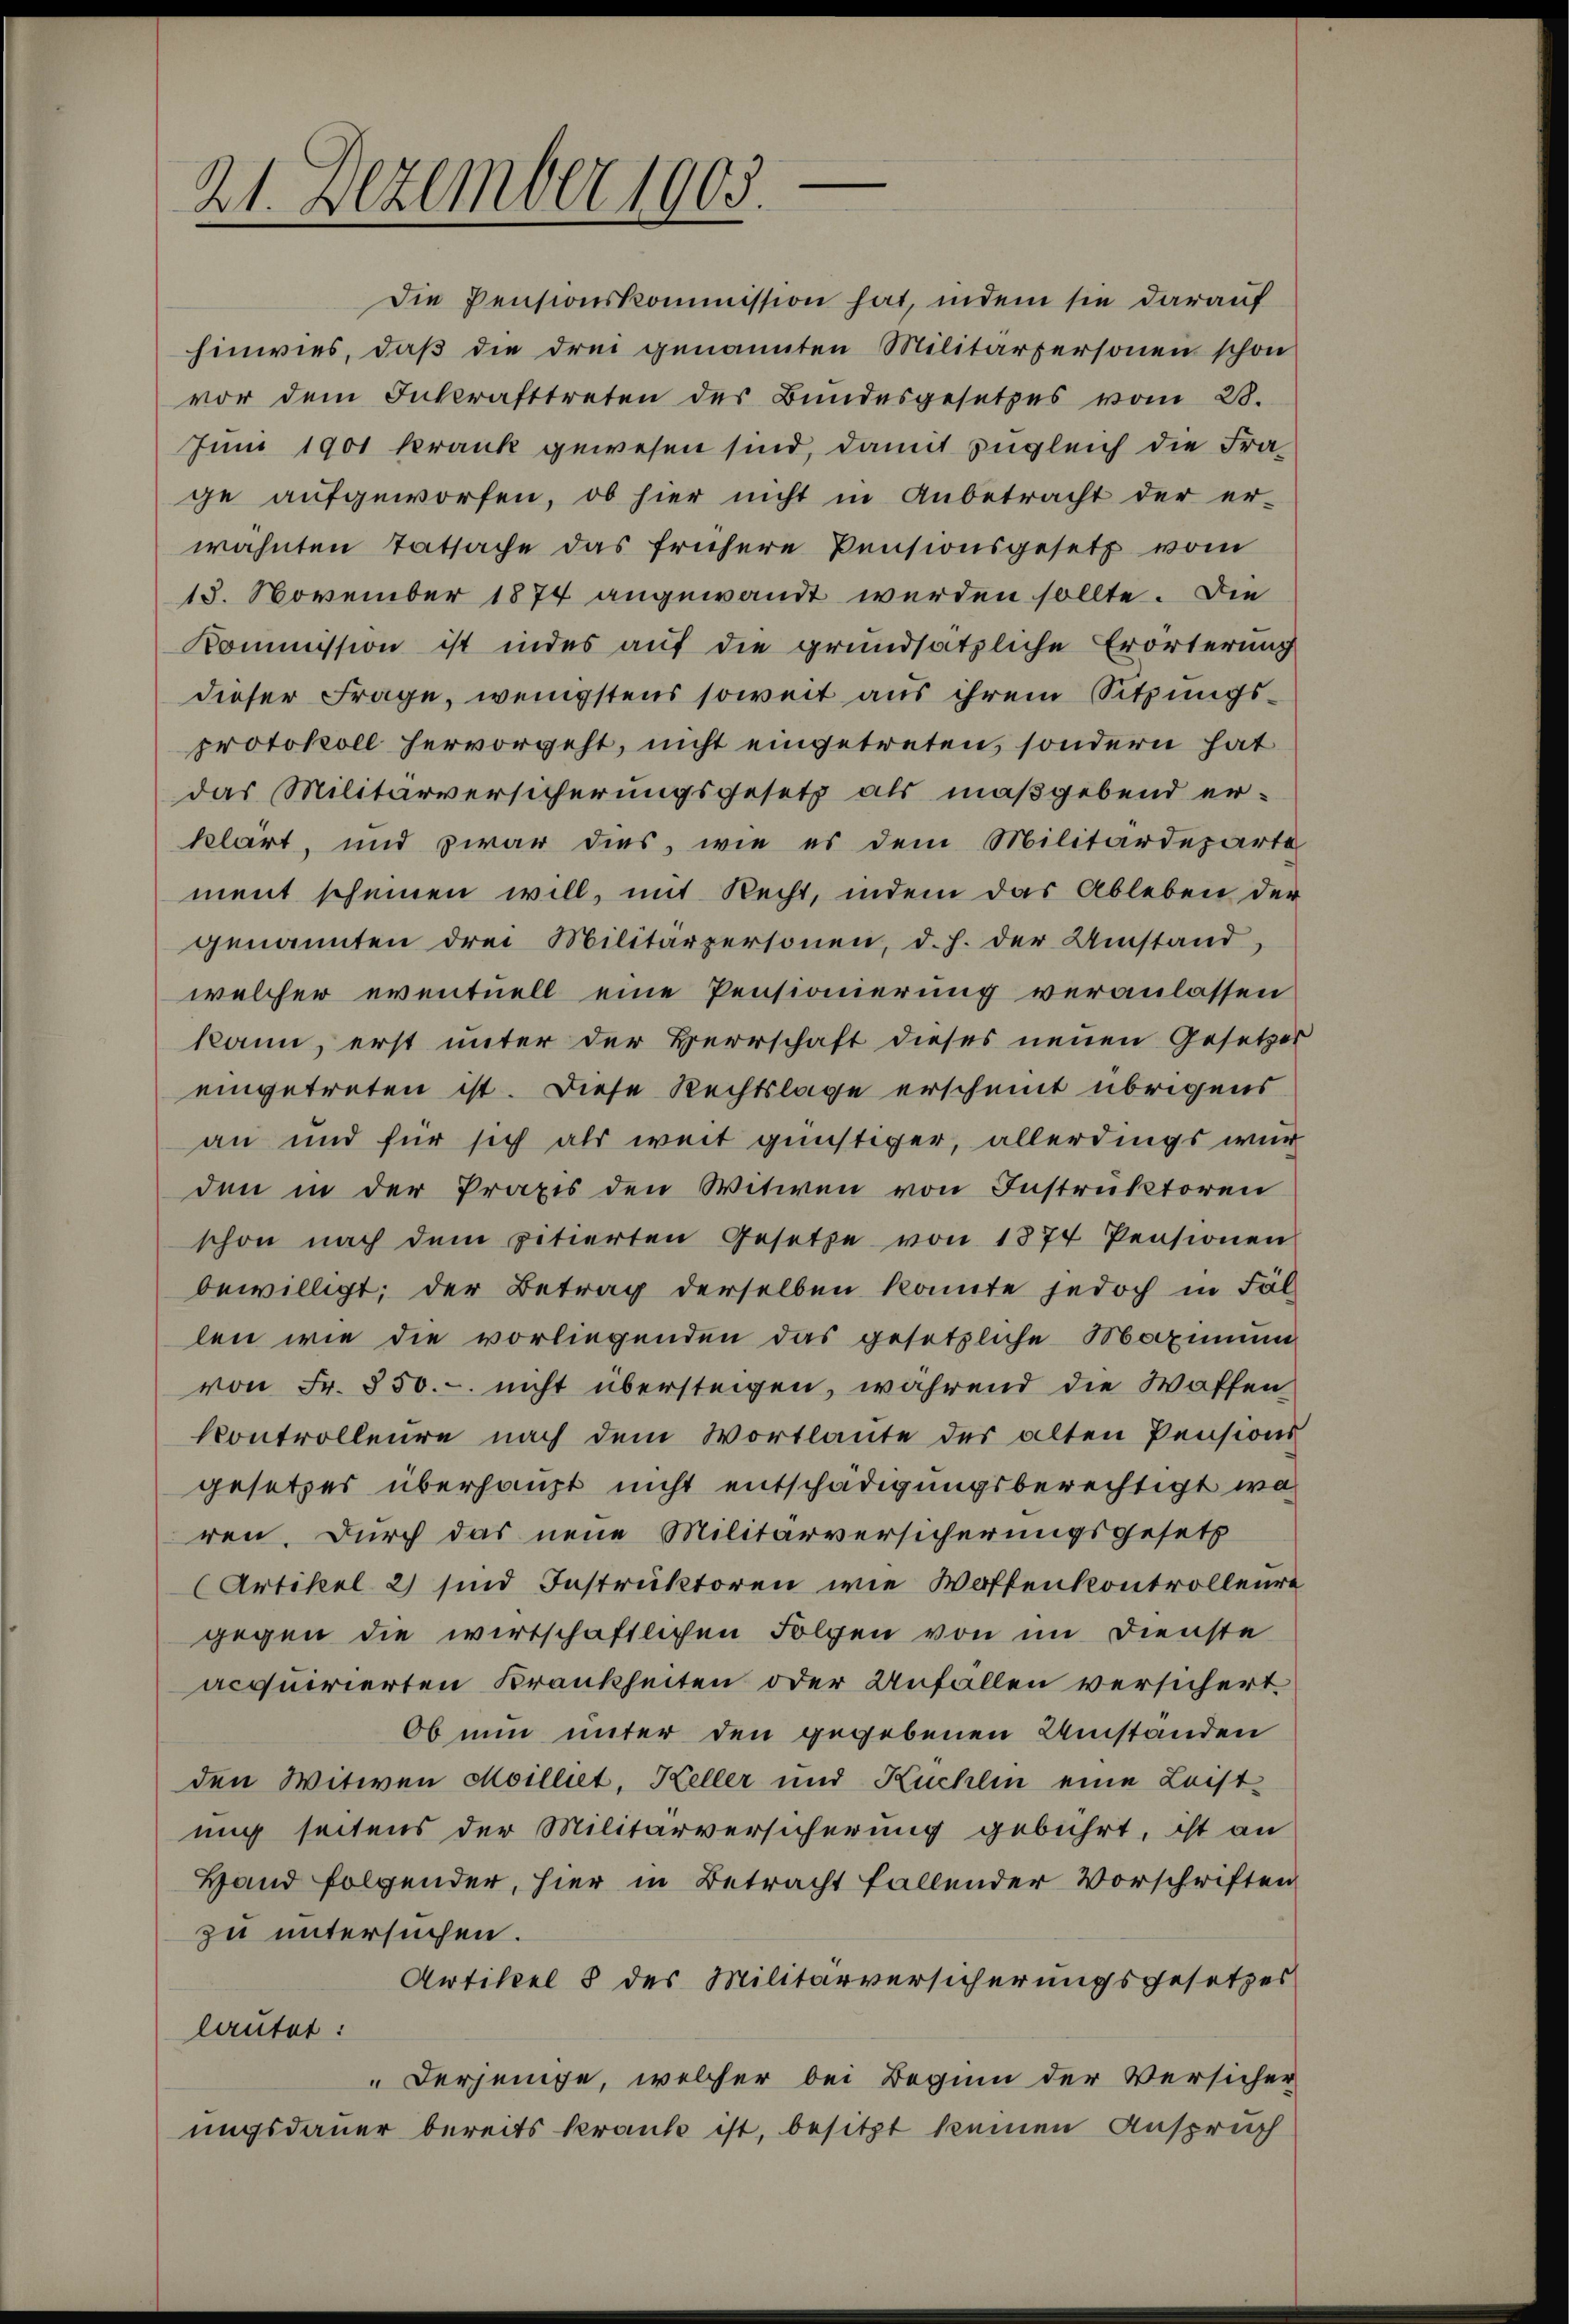
21. Dezember 1903.

Die Pensionskommission hat, indem sie darauf
hinwies, daß die drei genannten Militärpersonen schon
vor dem Inkrafttreten des Bundesgesetzes vom 28.
Juni 1901 krank gewesen sind, damit zugleich die Frage aufgeworfen, ob hier nicht in Anbetracht der er-
wähnten Tatsache das frühere Pensionsgesetz vom
13. November 1874 angewandt werden sollte. Die
Kommission ist indes auf die grundsätzliche Erörterung
dieser Frage, wenigstens soweit aus ihrem Sitzungsprotokoll hervorgeht, nicht eingetreten, sondern hat
das Militärversicherungsgesetz als maßgebend erklärt, und zwar dies, wie es dem Militärdeparte
ment scheinen will, mit Recht, indem das Ableben der
genannten drei Militärpersonen, d. h. der Umstand,
welcher eventuell eine Pensionierung veranlassen
kann, erst unter der Herrschaft dieses neuen Gesetzer
eingetreten ist. Diese Rechtslage erscheint übrigens
an und für sich als weit günstiger, allerdings wur
den in der Praxis den Witwen von Instruktoren
schon nach dem vitierten Gesetze von 1874 Pensionen
bewilligt; der Betrag derselben konnte jedoch in Fäl
len wie die vorliegenden das gesetzliche Maximum
von Fr. 850. - nicht übersteigen, während die Waffen,
Kontrolleure nach dem Wortlaute des alten Pensions
gesetzes überhaupt nicht entschädigungsberechtigt wa
ren. Durch das neue Militärversicherungsgesetz
Artikel 2) sind Instruktoren wie Waffenkontrolleure
gegen die wirtschaftlichen Folgen von im Dienste
acquirierten Krankheiten oder Unfällen versichert
Ob nun unter den gegebenen Umständen
den Witwen Moilliet, Keller und Küchlin eine Leist-
ung seitens der Militärversicherung gebührt, ist an
Hand folgender, hier in Betracht fallender Vorschriften
zu untersuchen.
Artikel 8 des Militärversicherungsgesetzes
lautet:
Derjenige, welcher bei Beginn der Versicher
ungsdauer bereits kranke ist, besitzt keinen Anspruch